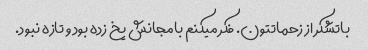
باتشکر از زحماتتون. فکر میکنم بامجانش یخ زده بود و تازه نبود.